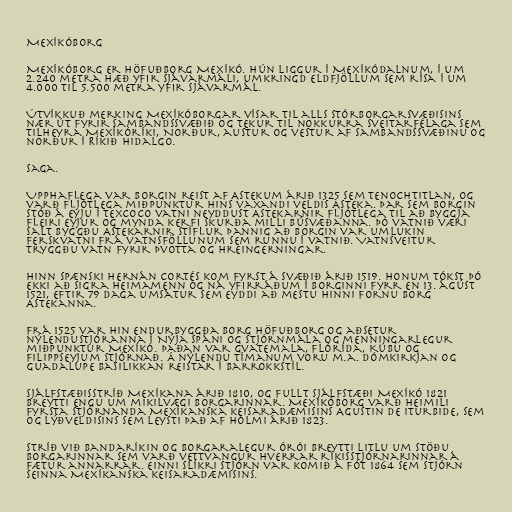
Mexíkóborg

Mexíkóborg er höfuðborg Mexíkó. Hún liggur í Mexíkódalnum, í um
2.240 metra hæð yfir sjávarmáli, umkringd eldfjöllum sem rísa í um
4.000 til 5.500 metra yfir sjávarmál.

Útvíkkuð merking Mexíkóborgar vísar til alls stórborgarsvæðisins
nær út fyrir Sambandssvæðið og tekur til nokkurra sveitarfélaga sem
tilheyra Mexíkóríki, Norður, austur og vestur af Sambandssvæðinu og
norður í Ríkið Hidalgo.

Saga.

Upphaflega var borgin reist af Astekum árið 1325 sem Tenochtitlan, og
varð fljótlega miðpunktur hins vaxandi veldis Asteka. Þar sem borgin
stóð á eyju í Texcoco vatni neyddust Astekarnir fljótlega til að byggja
fleiri eyjur og mynda kerfi skurða milli búsvæðanna. Þó vatnið væri
salt byggðu Astekarnir stíflur þannig að borgin var umlukin
ferskvatni frá vatnsföllunum sem runnu í vatnið. Vatnsveitur
tryggðu vatn fyrir þvotta og hreingerningar.

Hinn spænski Hernán Cortés kom fyrst á svæðið árið 1519. Honum tókst þó
ekki að sigra heimamenn og ná yfirráðum í borginni fyrr en 13. ágúst
1521, eftir 79 daga umsátur sem eyddi að mestu hinni fornu borg
Astekanna.

Frá 1525 var hin endurbyggða borg höfuðborg og aðsetur
nýlendustjóranna í Nýja Spáni og stjórnmála og menningarlegur
miðpunktur Mexíkó. Þaðan var Gvatemala, Flórída, Kúbu og
Filippseyjum stjórnað. Á nýlendu tímanum voru m.a. Dómkirkjan og
Guadalupe Basilikkan reistar í barrokkstíl.

Sjálfstæðisstríð Mexíkana árið 1810, og fullt sjálfstæði Mexíkó 1821
breytti engu um mikilvægi borgarinnar. Mexíkóborg varð heimili
fyrsta stjórnanda Mexíkanska keisaradæmisins Agustin de Iturbide, sem
og lýðveldisins sem leysti það af hólmi árið 1823.

Stríð við Bandaríkin og borgaralegur órói breytti litlu um stöðu
borgarinnar sem varð vettvangur hverrar ríkisstjórnarinnar á
fætur annarrar. Einni slíkri stjórn var komið á fót 1864 sem stjórn
seinna Mexíkanska keisaradæmisins.